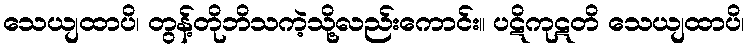
သေယျထာပိ၊ တွန့်တိုဘိသကဲ့သို့လည်းကောင်း။ ပဋိကုဋတိ သေယျထာပိ၊